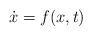
LaTeX: \begin{align*}\dot{x}=f(x,t)\end{align*}